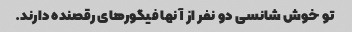
تو خوش شانسی دو نفر از آنها فیگورهای رقصنده دارند.